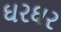
ઘરઘર